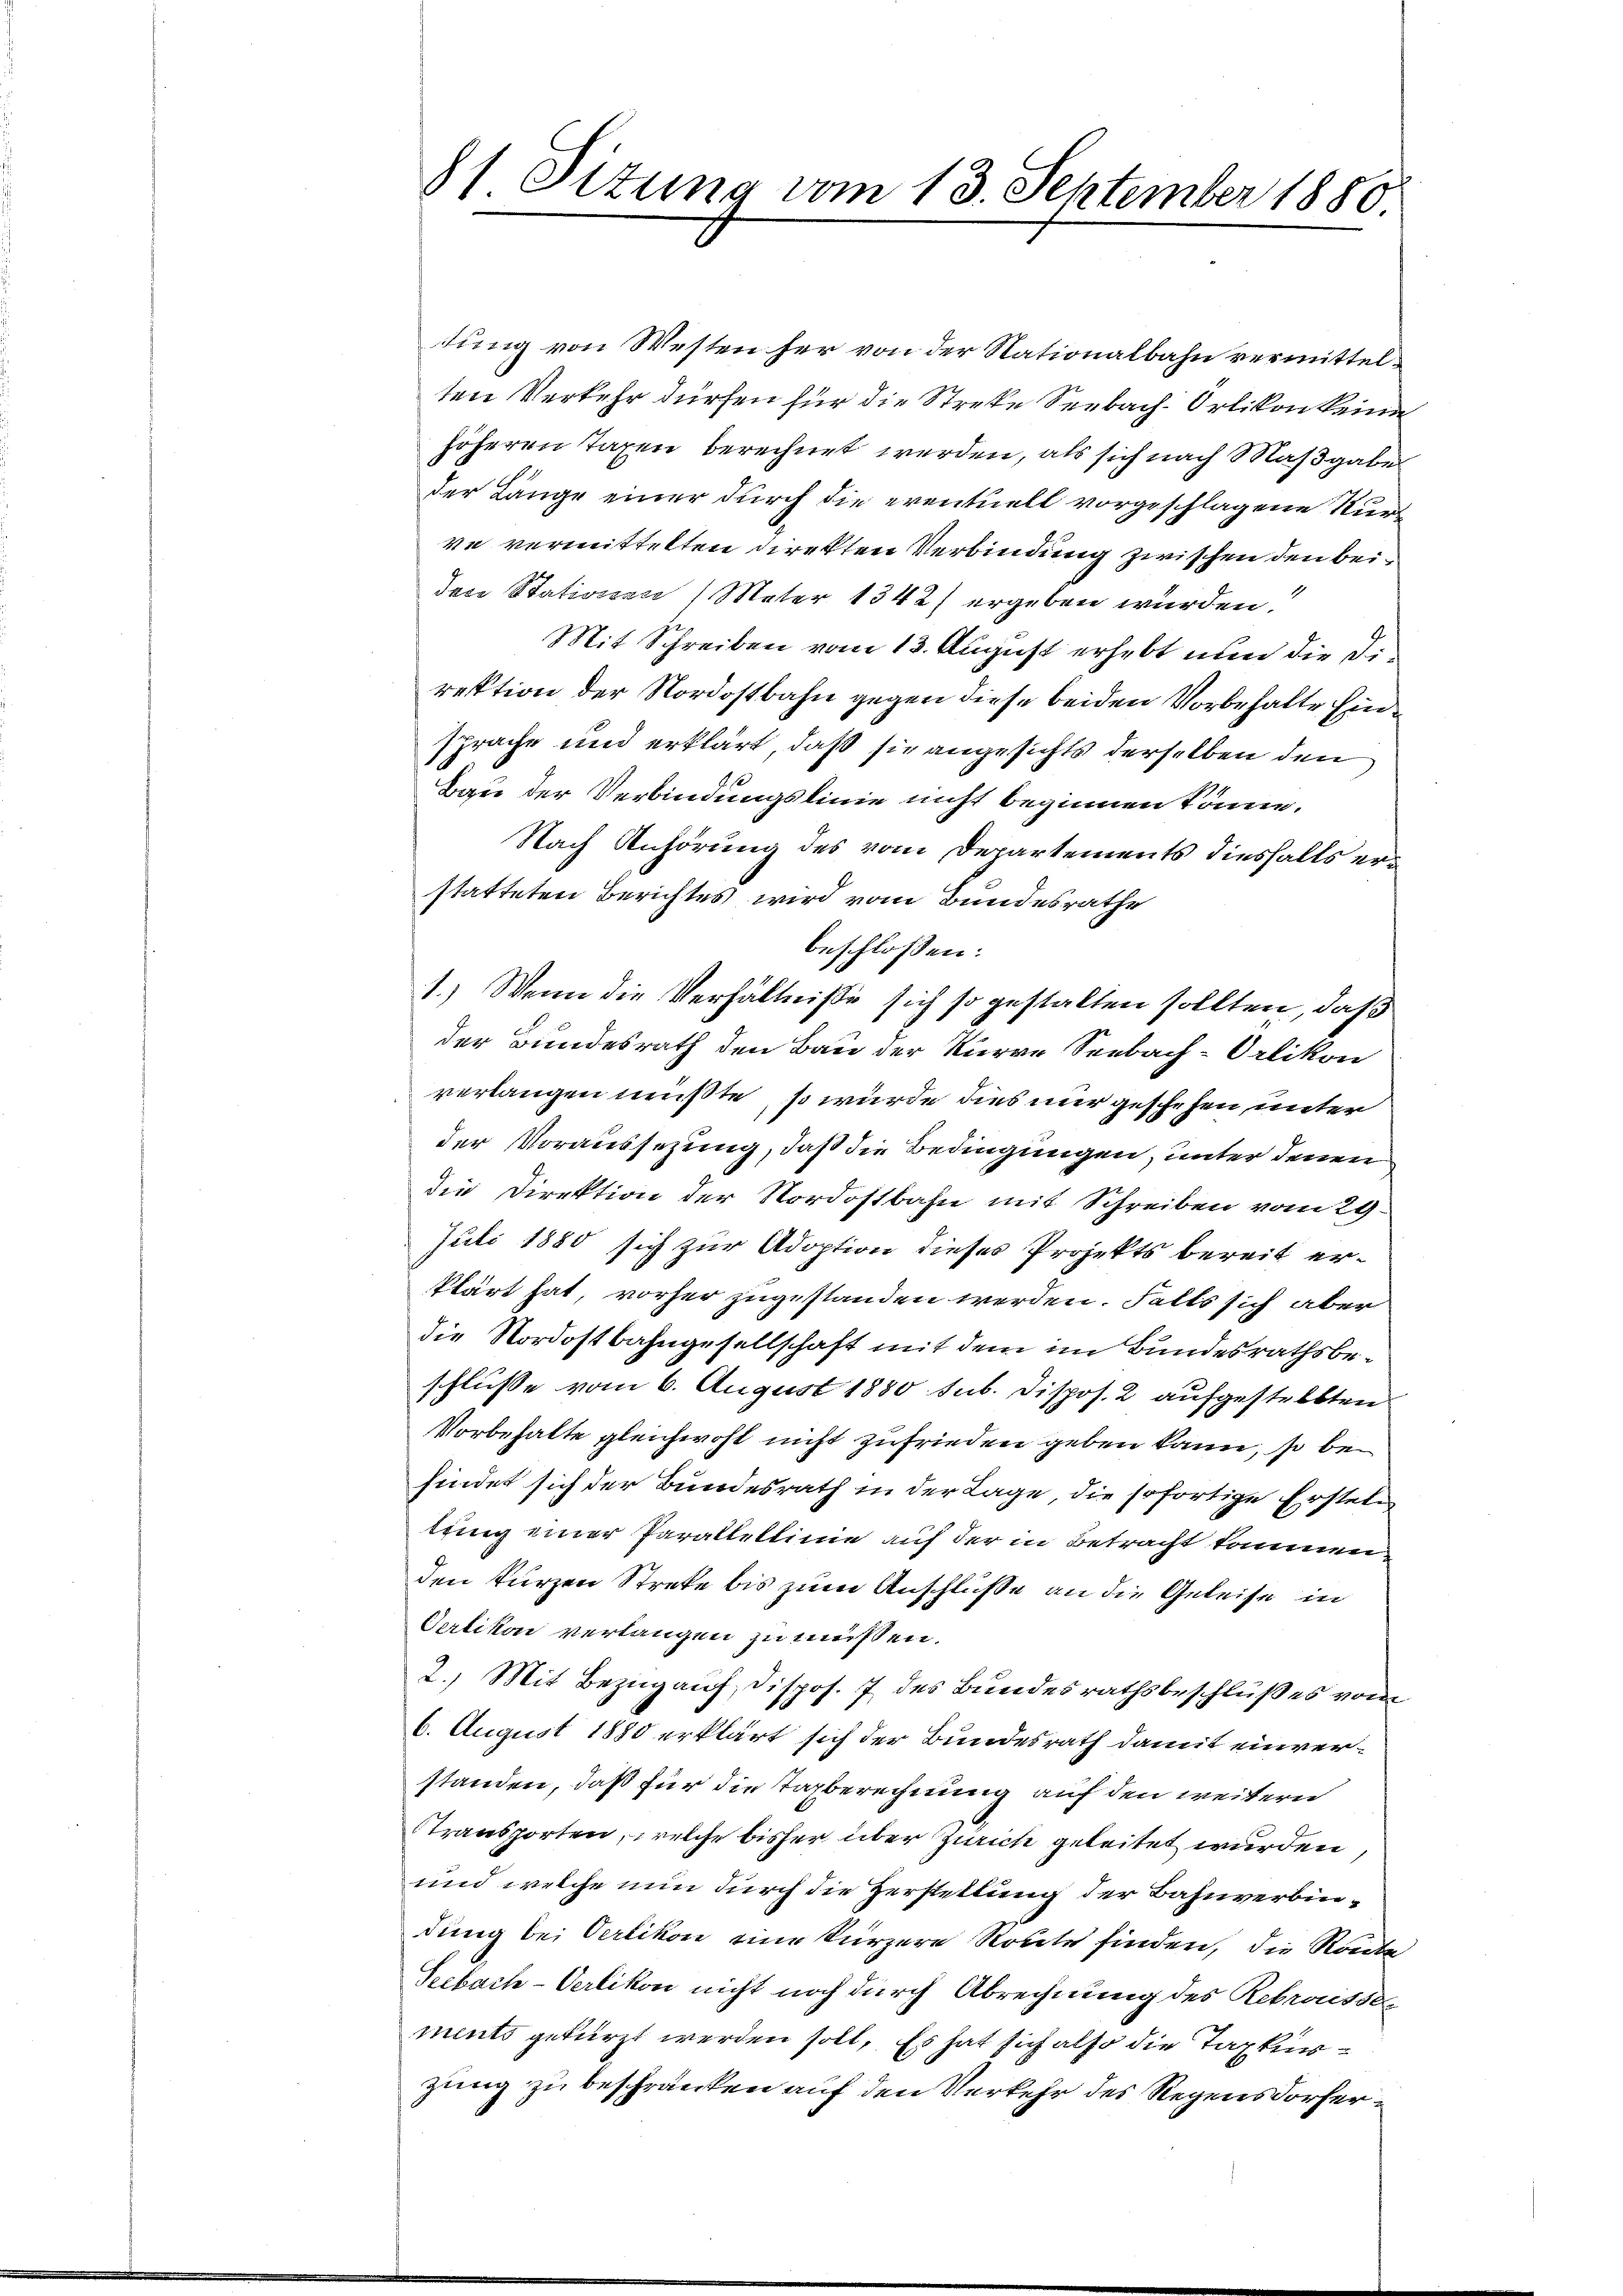
tung von Westen her von der Nationalbahn vermittelten Verkehr dürfen für die Streke Seebach Orlikon keine
höheren Taxen berechnet werden, als sich nach Maßgabe
der Länge einer durch die eventuell vorgeschlagene Kurve vermittelten Direkten Verbindung zwischen den beider Statissan / Mater 1342) ergeben wurden.
Mit Schreiben vom 13. August erhebt nun die Direktion der Nordostbahn gegen diese beiden Vorbehalte Einsprache und erklärt, daß sie angesichts derselben den
Bau der Verbindungslinie nicht beginnen könne.
Nach Anhörung des vom Departements diesfalls erstatteten Berichtes wird vom Bundesrathe
beschlossen:
1.) Wenn die Verhältniße sich so gestalten sollten, daß
der Bundesrath den Bau der Kurve Seebach-Orlikon
verlangen müßte, so würde dies nur geschehen, unter
der Voraussezung, daß die Bedingungen, unter denen
die Direktion der Nordostbahn mit Schreiben vom 29.
Juli 1880 sich zur Adoption dieses Projekts bereit erklärt hat, vorher zugestanden werden. Falls sich aber
die Nordostbahngesellschaft mit dem im Bundesrathsbeschlüsse vom 6. August 1880 sub. Dispos. 2 aufgestellten
Vorbehalte gleichwohl nicht zufrieden geben kann, so befindet sich der Bundesrath in der Lage die sofortige Ersteltung einer Parallellinie auf der in Betracht kommen
den kurzen Streke bis zum Anschlüße an die Geleise in
Oetikon verlangen zu müssen.
2.) Mit Bezug auf Dispos. 7 des Bundesrathsbeschluß es vom
6. August 1880 erklärt sich der Bundesrath damit einverstanden, daß für die Tagberechnung auf den weitern
Transporten, welche bisher über Zürich geleitet wurden
und welche nun durch die Zerstellung der Bahnverbindung bei Verlikon eine kürzere Route finden, die Route
Seebach-Verlikon nicht noch durch Abrechnung des Rekrossen
ments gekürzt werden soll. Es hat sich also die Taxkurzung zu beschränken auf den Verkehr des Regensdorfer¬

81. Situng vom 13. September 1880.